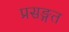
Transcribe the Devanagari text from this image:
प्रसङ्गत